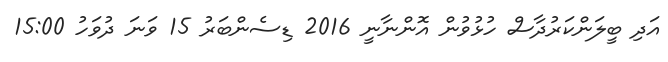
އަދި ބީލަންކަރުދާސް ހުޅުވުން އޮންނާނީ 2016 ޑިސެންބަރު 15 ވަނަ ދުވަހު 15:00